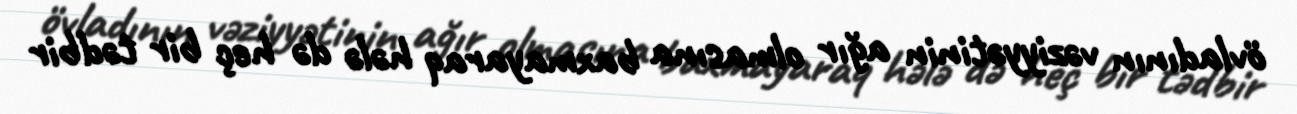
övladının vəziyyətinin ağır olmasına baxmayaraq hələ də heç bir tədbir